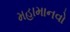
મહામાનવો